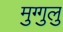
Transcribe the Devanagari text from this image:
मुग्गुलु